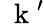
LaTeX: \mathrm{~\mathbf~k~}^{\prime}